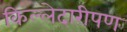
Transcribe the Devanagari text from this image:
किल्लेदारीपण